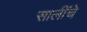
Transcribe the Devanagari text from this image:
सालींचे